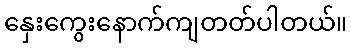
နှေးကွေးနောက်ကျတတ်ပါတယ်။